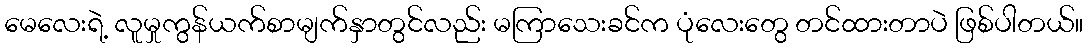
မေလေးရဲ့ လူမှုကွန်ယက်စာမျက်နှာတွင်လည်း မကြာသေးခင်က ပုံလေးတွေ တင်ထားတာပဲ ဖြစ်ပါတယ်။